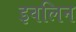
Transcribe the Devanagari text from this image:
इवलिन